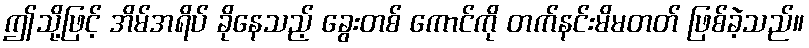
ဤသို့ဖြင့် အိမ်အရိပ် ခိုနေသည့် ခွေးတစ် ကောင်ကို တက်နင်းမိမတတ် ဖြစ်ခဲ့သည်။